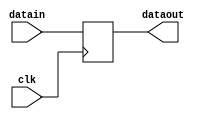
module opb(datain,dataout,clk);
input [15:0] datain;
input clk;
output [15:0] dataout;
reg [15:0] dataout;
always @ (posedge clk)
begin
dataout=datain;
$display(" At this posedge register B=%h",dataout);
end
endmodule